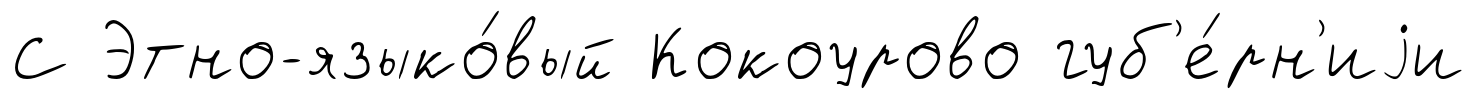
С Этно-языко́вый Кокоурово губ'е́рн'иjи